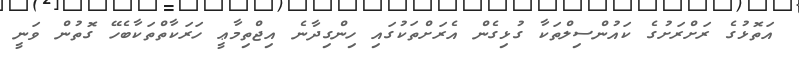
އަތޮޅުގެ ރަށްރަށުގެ ކައުންސިލްތަކާ ގުޅިގެން އެރަށްތަކުގައި ހިންގިދާނެ އިޖްތިމާޢީ ހަރަކާތްތަކާބެހޭ ގޮތުން ވަނީ